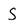
Character: s